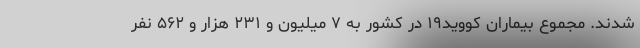
شدند. مجموع بیماران کووید۱۹ در کشور به ۷ میلیون و ۲۳۱ هزار و ۵۶۲ نفر